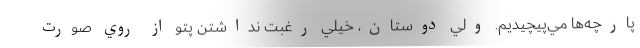
پارچه‌ها مي‌پيچيديم. ولي دوستان، خيلي رغبت نداشتن پتو از روي صورت